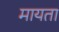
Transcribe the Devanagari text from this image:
मायता